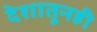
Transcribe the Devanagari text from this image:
देशातूनही